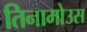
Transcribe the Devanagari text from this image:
तिनामोउस